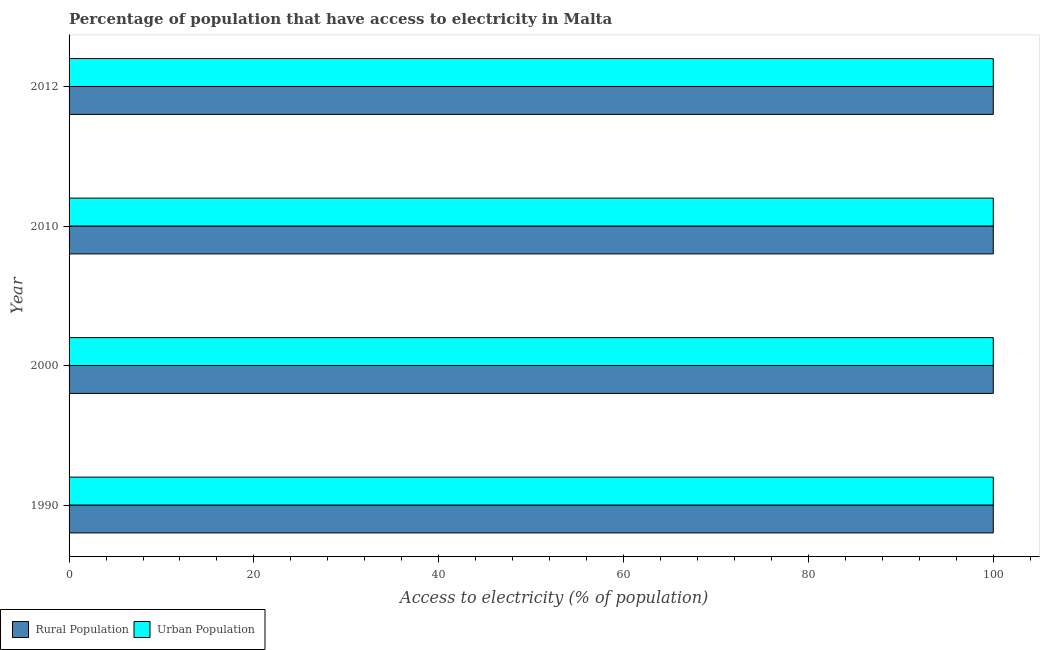
| Year | Rural Population | Urban Population |
 | --- | --- | --- |
 | 1990 | 100 | 100 |
 | 2000 | 100 | 100 |
 | 2010 | 100 | 100 |
 | 2012 | 100 | 100 |